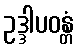
ဥဒ္ဒါပဝန္တံ